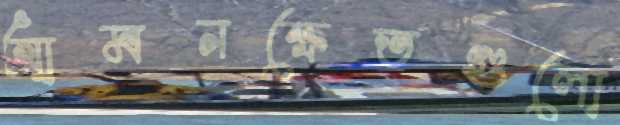
আমনক্ষেতগুলো